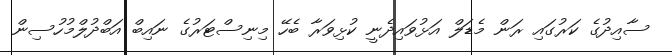
ސާއިދުގެ ކަރުގައި ރަން މެޑަލް އަޅުވައިދެނީ ކުޅިވަރާ ބެހޭ މިނިސްޓަރުގެ ނައިބް އަބްދުލްމުހުސިން